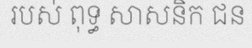
របស់ ពុទ្ធ សាសនិក ជន